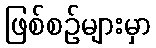
ဖြစ်စဉ်များမှာ